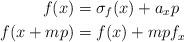
LaTeX: \begin{align*} f(x) &= \sigma_f(x) + a_xp \\ f(x + mp) &= f(x) + mpf_x \end{align*}